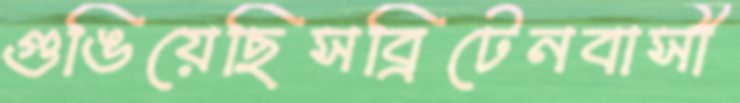
গুঙিয়েছিসব্রিটেনবাসী